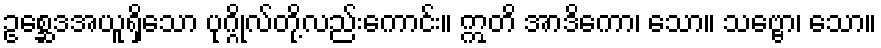
ဥစ္ဆေဒအယူရှိသော ပုဂ္ဂိုလ်တို့လည်းကောင်း။ ဣတိ အာဒိကော၊ သော။ သဗ္ဗော၊ သော။